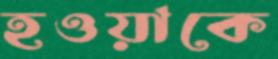
হওয়াকে